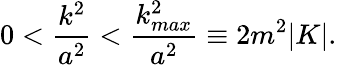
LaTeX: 0<\frac{k^{2}}{a^{2}}<\frac{k_{max}^{2}}{a^{2}}\equiv 2m^{2}|K|.